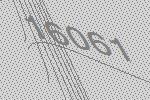
16061